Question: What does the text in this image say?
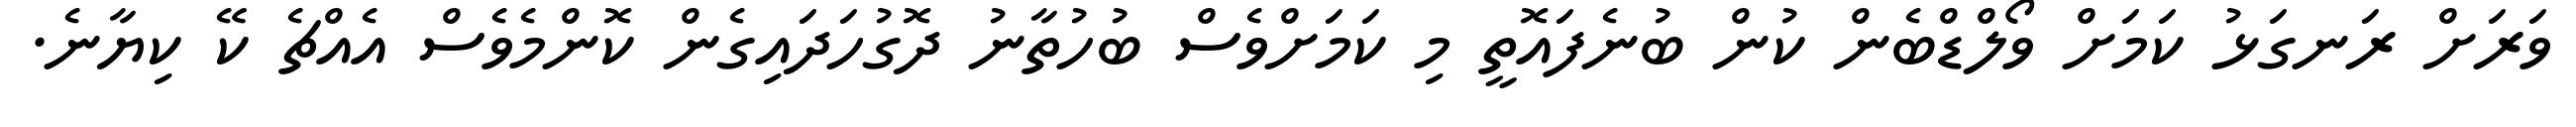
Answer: ވަރަށް ރަނގަޅު ކަމަށް ވޯލްޑްބެން ކުން ބުނެފައޮތީ މި ކަމަށްވެސް ބުހުތާނު ދޮގުހަދައިގެން ކޮންމެވެސް އެއްޗެ ކޭ ކިޔާނެ.